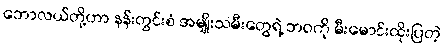
ဘောလယ်တို့ဟာ နန်းတွင်းစံ အမျိုးသမီးတွေရဲ့ ဘဝကို မီးမောင်းထိုးပြတဲ့